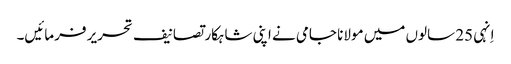
اِنہی 25 سالوں میں مولانا جامی نے اپنی شاہکار تصانیف تحریر فرمائیں۔